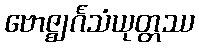
ဗောဇ္ဈင်္ဂသံယုတ္တဿ